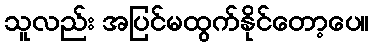
သူလည်း အပြင်မထွက်နိုင်တော့ပေ။